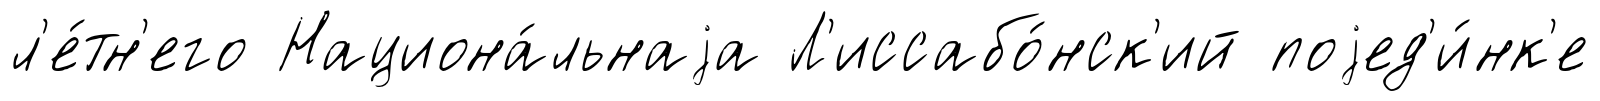
л'е́тн'его Национа́льнаjа Л'иссабо́нск'ий поjед'и́нк'е